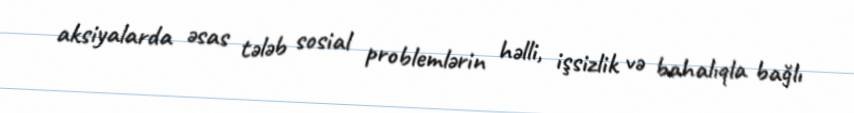
aksiyalarda əsas tələb sosial problemlərin həlli, işsizlik və bahalıqla bağlı